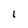
Character: I